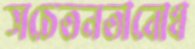
সচেতনতাবোধ